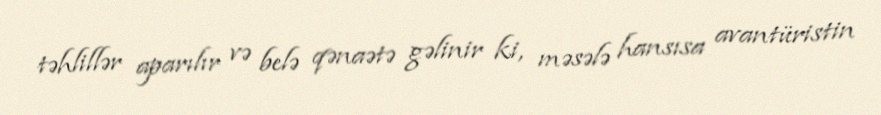
təhlillər aparılır və belə qənaətə gəlinir ki, məsələ hansısa avantüristin